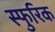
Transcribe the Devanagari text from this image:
स्फुरिक